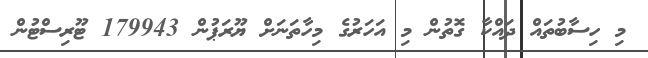
މި ހިސާބުތައް ދައްކާ ގޮތުން މި އަހަރުގެ މިހާތަނަށް ޔޫރަޕުން 179943 ޓޫރިސްޓުން